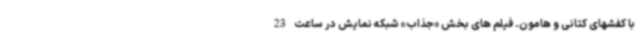
با کفشهای کتانی و هامون. فیلم های بخش «جذاب» شبکه نمایش در ساعت 23